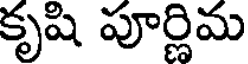
కృషి పూర్ణిమ